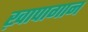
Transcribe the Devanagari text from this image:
ख़ापागान